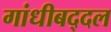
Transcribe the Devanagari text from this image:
गांधीबद्दल